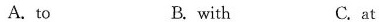
A.to B.with C.at